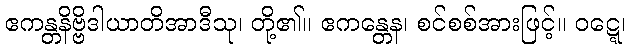
ဧကန္တနိဗ္ဗိဒါယာတိအာဒီသု၊ တို့၏။ ဧကန္တေန၊ စင်စစ်အားဖြင့်။ ဝဋ္ဋေ၊